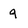
Character: 9